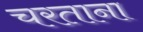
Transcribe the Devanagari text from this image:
चरताना